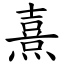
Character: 熹